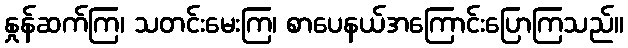
နှုန်ဆက်ကြ၊ သတင်းမေးကြ၊ စာပေနယ်အကြောင်းပြောကြသည်။